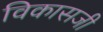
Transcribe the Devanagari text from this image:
विकासजी